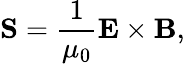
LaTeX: \mathbf{S}={\frac{1}{\mu_{0}}}\mathbf{E}\times\mathbf{B},